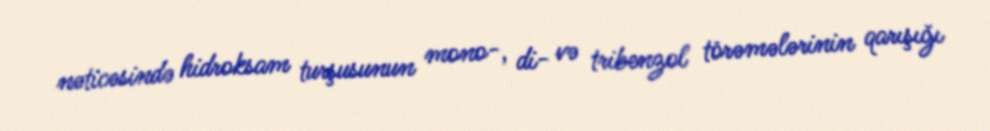
nəticəsində hidroksam turşusunun mono-, di- və tribenzol törəmələrinin qarışığı